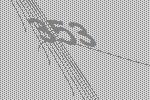
353